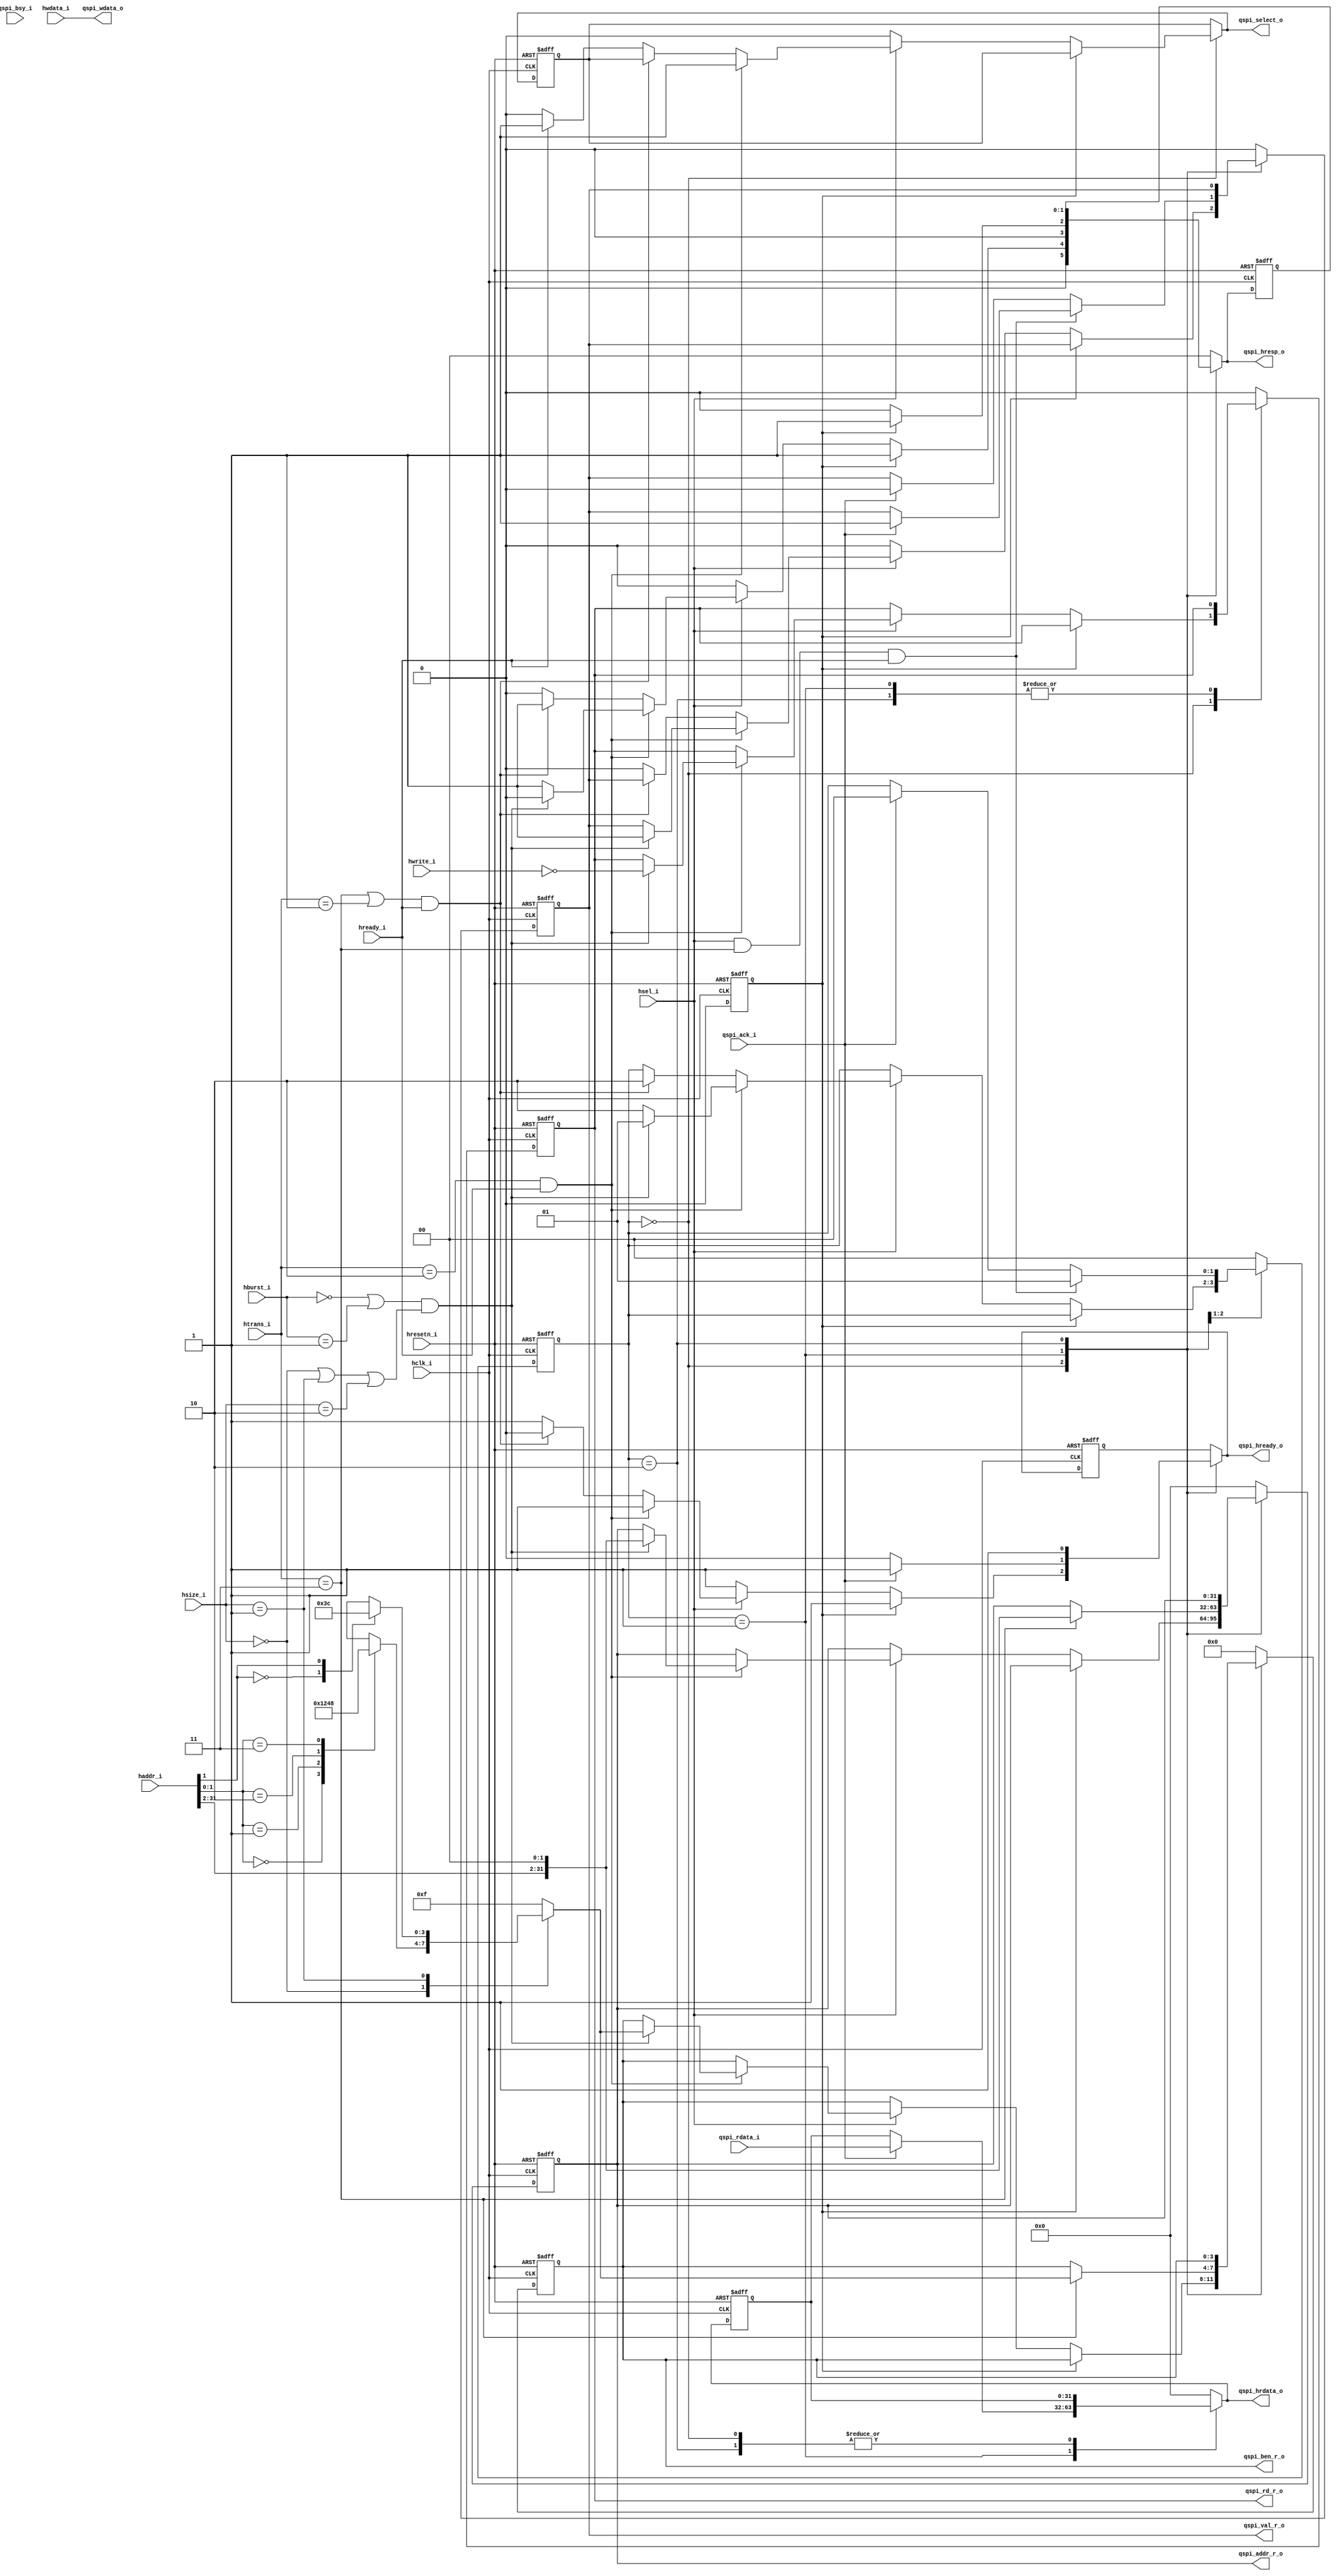
//---------------------------------------------------------------------
//                                          
//     ____     ____     _____    _____    __  __    _____     ____  
//    /\___\   /\___\   /\____\  |\_____\ |\_\|\_\  |\____\   /\___\ 
//   |\/ _ _\ |\/ _  \  \/ ____| ||  ___| ||  \/  | \|_   _| |\/ _ _\
//   || |     || /_\  | \| |__   || |_\   ||      |   || |   || |    
//   || |___  || |__| |  _\__ \  ||  _|_  || |\/| |  _|| |_  || |___ 
//   \| |___\ || | || | |\__\| | || |___\ || |  | | |\_| |_\ \| |___\
//    \\____/ \|_| \|_| \|____/  \|_____| \|_|  |_| \|_____|  \\____/
//
//  COPYRIGHT 2017, ALL RIGHTS RESERVED
//  
//  Filename:   qspi_ahb_slave_itf     
//  Author:          
//  Date:            
//
//  Project:         
//  Descriptions: AHB Interface block for Quad-SPI controller.
//---------------------------------------------------------------------

module qspi_ahb_slave_itf (

  // AHB interface
  hclk_i,
  hresetn_i,

  haddr_i,
  htrans_i,
  hwdata_i,
  hwrite_i,
  hsize_i,
  hburst_i,
  hsel_i,
  hready_i,

  qspi_hready_o,
  qspi_hresp_o,
  qspi_hrdata_o,

  qspi_select_o,

  // memory array Interface 
  qspi_val_r_o,
  qspi_addr_r_o,
  qspi_rd_r_o, 
  qspi_ben_r_o,
  qspi_wdata_o,
  qspi_rdata_i,
  qspi_ack_i,
  

  qspi_bsy_i

);

input         hclk_i;         // AHB Clock
input         hresetn_i;      // AHB Reset

input  [31:0] haddr_i;        // AHB 32 bit address
input  [1:0]  htrans_i;       // AHB transfer type
input  [31:0] hwdata_i;       // AHB 32 bit write data

input         hwrite_i;       // AHB Read/Write signal
input  [2:0]  hsize_i;        // AHB size of data transfer
   
input  [2:0]  hburst_i;       // AHB burst length

input         hsel_i;         // AHB slave select
input         hready_i;       // AHB slave ready from default slave, set 1'b1 if there is no default slave

output        qspi_hready_o;   // AHB HREADY asserted by this target, psm is for PSRAM
output [1:0]  qspi_hresp_o;    // AHB slave response
output [31:0] qspi_hrdata_o;   // AHB slave read data

output        qspi_select_o;   // Active HI signal when the PSRAM access is active

// CSR interface
output        qspi_val_r_o;
output [31:0] qspi_addr_r_o;
output        qspi_rd_r_o; 
output [3:0]  qspi_ben_r_o;
output [31:0] qspi_wdata_o;
input  [31:0] qspi_rdata_i;    // This name need to be changed depending on
                              // who is driving it
input         qspi_ack_i;      // This name needs to be changed depending on
                              // who is driving it

input         qspi_bsy_i;
//###START OF DECLARATIONS ########################################

//----------------------------
// Declarations for IOs

wire        hready_i;

reg         qspi_val_r_o;
reg  [31:0] qspi_addr_r_o;
reg         qspi_rd_r_o; 
reg  [3:0]  qspi_ben_r_o;
wire        qspi_select_o;

reg         qspi_val_c;
reg  [31:0] qspi_addr_c;
reg         qspi_rd_c; 
reg  [3:0]  qspi_ben_c;
reg         qspi_select_c;

wire        tx_wrcfrm_zero_full;
reg         tx_wrcfrm_zero_full_d;

//----------------------------

//----------------------------
// Generic defines

parameter LO = 1'b0;
parameter HI = 1'b1;

//----------------------------

//----------------------------
// Internal declarations

parameter IDLE  = 2'b00;
parameter BUSY  = 2'b01;
parameter NSEQ  = 2'b10;
parameter SEQ   = 2'b11;

parameter SINGLE = 3'b000;
parameter INCR   = 3'b001;
parameter WRAP4  = 3'b010;
parameter INCR4  = 3'b011;
parameter WRAP8  = 3'b100;
parameter INCR8  = 3'b101;
parameter WRAP16 = 3'b110;
parameter INCR16 = 3'b111;

parameter BYTE  = 3'b000;
parameter WORD  = 3'b001;
parameter DWORD = 3'b010;

parameter OKAY  = 2'b00;
parameter ERROR = 2'b01;
parameter RETRY = 2'b10;
parameter SPLIT = 2'b11;

parameter ICTRL_READY = 2'b00;
parameter ICTRL_DATA  = 2'b01;
parameter ICTRL_ERROR = 2'b10;

reg [1:0]  ictrl_state;         // Interface controller state
reg [1:0]  ictrl_state_c;

reg        hready_c;            // Shadow signal for I/O HREADY signal
reg [1:0]  hresp_c;             // Shadow signal for I/O HRESP signal
reg [31:0] hrdata_c;            // Shadow signal for I/O HRDATA signal

reg        hready_r;            // Shadow register for I/O HREADY signal
reg [1:0]  hresp_r;             // Shadow register for I/O HRESP signal
reg [31:0] hrdata_r;            // Shadow register for I/O HRDATA signal
reg        qspi_select_r;

//----------------------------

//###END OF DECLARATIONS ########################################

assign qspi_hready_o = hready_c;
assign qspi_hrdata_o = hrdata_c;
assign qspi_hresp_o  = hresp_c;
// Since hready, hrdata, hresp will be combinatorial, so must qspi_select
assign  qspi_select_o = qspi_select_c;

assign qspi_wdata_o = hwdata_i;

//assign tx_wrcfrm_zero_full = haddr_i[11:9] == 3'b000 && haddr_i[4:0] == 5'h1c  && vld_access; // can be used for illegal address
assign tx_wrcfrm_zero_full = 1'b0; 

always @ (posedge hclk_i or negedge hresetn_i) begin // STAR STS0167661
  if (~hresetn_i) begin
    hready_r     <= HI;
    hresp_r      <= 2'b00;
    hrdata_r     <= 32'h0000_0000;
    qspi_select_r <= LO;
    qspi_val_r_o  <= LO;
    qspi_rd_r_o   <= LO;
    qspi_addr_r_o <= 32'h0000_0000;
    qspi_ben_r_o  <= 4'b0000;
    ictrl_state  <= ICTRL_READY;
  end
  else begin
    hready_r     <= hready_c;
    hresp_r      <= hresp_c;
    hrdata_r     <= hrdata_c;
    qspi_select_r <= qspi_select_c;
    qspi_val_r_o  <= qspi_val_c;
    qspi_rd_r_o   <= qspi_rd_c;
    qspi_addr_r_o <= qspi_addr_c;
    qspi_ben_r_o  <= qspi_ben_c;
    ictrl_state  <= ictrl_state_c;
  end
end

//-----------------------------------------------
// State machine to generate Register access  --------
// and to generate HREADY signals.            --------
//-----------------------------------------------

always @ (ictrl_state or hsel_i or htrans_i or hready_i or hburst_i or
          hsize_i or hwrite_i or haddr_i or qspi_ack_i or qspi_rdata_i or
          qspi_val_r_o or qspi_rd_r_o or qspi_addr_r_o or qspi_ben_r_o or
          qspi_select_r or hrdata_r or hready_r or hresp_r or 
          tx_wrcfrm_zero_full or tx_wrcfrm_zero_full_d or qspi_bsy_i
) begin

  // Parallel case directive is used as all the case options are
  // mutally exclusive.
  case (ictrl_state) // synopsys parallel_case

    // ICTRL_READY : Ready state. Wait in this state to get a command from 
    //               the AHB master
    ICTRL_READY : begin

//  could get return_retry pulse on same cycle as first cycle of qspi_ack_i 
//  qspi_ack_i transitions state machine from DATA to IDLE  state

      if(tx_wrcfrm_zero_full_d) begin
        hready_c      = HI;
        hresp_c       = ERROR;
        ictrl_state_c = ictrl_state;
        qspi_addr_c    = qspi_addr_r_o;
        qspi_ben_c     = qspi_ben_r_o;
        qspi_rd_c      = qspi_rd_r_o;
        qspi_select_c  = qspi_select_r;
        qspi_val_c     = qspi_val_r_o;
        hrdata_c      = hrdata_r;
      end

      // Sample the Control signals only when HREADY is HI
      else if (hsel_i) begin

        // New transaction
        if ( (htrans_i == NSEQ ) & hready_i) begin

          hready_c     = HI;
          qspi_select_c = HI;

          // CSR access is always assumed to be single and a valid HSIZE
          //if ((hburst_i == SINGLE | hburst_i == INCR) & 
		  //(hsize_i == BYTE | hsize_i == WORD | hsize_i == DWORD) & (~qspi_bsy_i))   begin
		  if ((hburst_i == SINGLE | hburst_i == INCR) & 
		  (hsize_i == BYTE | hsize_i == WORD | hsize_i == DWORD) )   begin
            if (tx_wrcfrm_zero_full)
              hresp_c    = ERROR;
            else
              hresp_c    = OKAY;

            qspi_val_c  = HI;
	    
            qspi_rd_c   = ~hwrite_i;
            qspi_addr_c = {haddr_i [31:2], 2'b00};

            // Generation of VC byte enables from the AHB address and HSIZE

            // Parallel case directive is used as all the case options are 
            // mutally exclusive.
            case (hsize_i) // synopsys parallel_case

              BYTE : begin
                case (haddr_i [1:0])
                  2'b00 : qspi_ben_c [3:0] = 4'b0001;
                  2'b01 : qspi_ben_c [3:0] = 4'b0010;
                  2'b10 : qspi_ben_c [3:0] = 4'b0100;
                  2'b11 : qspi_ben_c [3:0] = 4'b1000;
                endcase
              end

              WORD : begin
                case (haddr_i [1])
                  1'b0 : qspi_ben_c [3:0] = 4'b0011;
                  1'b1 : qspi_ben_c [3:0] = 4'b1100;
                endcase
              end

              default : begin
                qspi_ben_c [3:0] = 4'b1111;
              end

            endcase

            ictrl_state_c = ICTRL_DATA;

          end
          // If this is a non-single transaction, assert an ERROR response 
          // on AHB
          else begin
            qspi_val_c = qspi_val_r_o;
            qspi_rd_c = qspi_rd_r_o;

            hresp_c       = ERROR;
            ictrl_state_c = ICTRL_ERROR;
            qspi_addr_c = qspi_addr_r_o;
            qspi_ben_c = qspi_ben_r_o;
          end

        end
        // Starting the transfer with a SEQ or BUSY or an INCR with more
        // than one data phase, this is illegal
        else if ((htrans_i == SEQ | htrans_i == BUSY) & hready_i) begin
          hready_c      = LO;
          hresp_c       = ERROR;
          ictrl_state_c = ICTRL_ERROR;

          qspi_val_c = qspi_val_r_o;
          qspi_rd_c = qspi_rd_r_o;
          qspi_select_c = qspi_select_r;
          qspi_addr_c = qspi_addr_r_o;
          qspi_ben_c = qspi_ben_r_o;
        end
        // Default Slave
        else begin
          if (hready_i)
            qspi_select_c = HI;
          else
            qspi_select_c = LO;

          hresp_c    = OKAY;
          hready_c   = HI;
          qspi_val_c  = LO;

          ictrl_state_c = ictrl_state;
          qspi_rd_c = qspi_rd_r_o;
          qspi_addr_c = qspi_addr_r_o;
          qspi_ben_c = qspi_ben_r_o;
        end

        hrdata_c = hrdata_r;

      end
      else begin // hsel_i = 1'b0
        hresp_c    = OKAY;
        qspi_val_c  = LO;
        hready_c   = HI;
        qspi_select_c = LO;

        hrdata_c = hrdata_r;
        ictrl_state_c = ictrl_state;
        qspi_rd_c = qspi_rd_r_o;
        qspi_addr_c = qspi_addr_r_o;
        qspi_ben_c = qspi_ben_r_o;
      end
    end

    // ICTRL_DATA : Data state. Wait in this state to get an ACK from the
    //              CSR to assert HREADY on AHB
   
	ICTRL_DATA : begin

      if( tx_wrcfrm_zero_full || (!qspi_ack_i)) // The "|| (!qspi_ack_i)" part was added by WangLei
        hready_c  = LO; 
      else 
        hready_c  = HI; 
      
	  if (hsel_i & (htrans_i == SEQ) & hready_i) begin
		if (qspi_ack_i) begin
           hrdata_c  = qspi_rdata_i;
           qspi_val_c = HI;
        end
		else begin
		   hrdata_c = hrdata_r;
           qspi_val_c = qspi_val_r_o;
		end
		ictrl_state_c = ICTRL_DATA;
	  end
      else begin
		if (qspi_ack_i) begin
           hrdata_c  = qspi_rdata_i;
           qspi_val_c = LO;
           ictrl_state_c = ICTRL_READY;
        end
		else begin 
           hrdata_c = hrdata_r;
           qspi_val_c = qspi_val_r_o;
           ictrl_state_c = ictrl_state;
		end
      end
     
      if (tx_wrcfrm_zero_full_d || tx_wrcfrm_zero_full) 
        hresp_c = ERROR;
      else
        hresp_c = OKAY;
	
	if (htrans_i == SEQ )
	  begin 
		qspi_addr_c = {haddr_i [31:2], 2'b00};
		case (hsize_i) // synopsys parallel_case

              BYTE : begin
                case (haddr_i [1:0])
                  2'b00 : qspi_ben_c [3:0] = 4'b0001;
                  2'b01 : qspi_ben_c [3:0] = 4'b0010;
                  2'b10 : qspi_ben_c [3:0] = 4'b0100;
                  2'b11 : qspi_ben_c [3:0] = 4'b1000;
                endcase
              end

              WORD : begin
                case (haddr_i [1])
                  1'b0 : qspi_ben_c [3:0] = 4'b0011;
                  1'b1 : qspi_ben_c [3:0] = 4'b1100;
                endcase
              end

              default : begin
                qspi_ben_c [3:0] = 4'b1111;
              end

        endcase
	  end
	else
	  begin
		qspi_addr_c = qspi_addr_r_o;
		 qspi_ben_c = qspi_ben_r_o;
	  end
	  
      qspi_rd_c = qspi_rd_r_o;
      qspi_select_c = qspi_select_r;

    end
    // ICTRL_ERROR : Error state. If the AHB master does any non-single
    //               access to the CSR, the UDC-AHB subsystem does and ERROR
    //               response on AHB
    ICTRL_ERROR : begin
      hready_c      = HI;
      ictrl_state_c = ICTRL_READY; 

      hrdata_c = hrdata_r;
      qspi_val_c = qspi_val_r_o;
      hresp_c = hresp_r;
      qspi_rd_c = qspi_rd_r_o;
      qspi_select_c = qspi_select_r;
      qspi_addr_c = qspi_addr_r_o;
      qspi_ben_c = qspi_ben_r_o;
    end

    default : begin
      hready_c   = hready_r;
      qspi_select_c = qspi_select_r;

      hresp_c    = OKAY;
      hrdata_c   = 32'h0000_0000;
      qspi_val_c  = LO;
      qspi_rd_c   = LO;
      qspi_addr_c = 32'h0000_0000;
      qspi_ben_c  = 4'b0000;
      ictrl_state_c  = ICTRL_READY;
    end

  endcase

end

   always @ (posedge hclk_i or negedge hresetn_i) begin // STAR STS0167661

  if (~hresetn_i) begin

    tx_wrcfrm_zero_full_d <= 0;
  end else begin
 
    tx_wrcfrm_zero_full_d <= tx_wrcfrm_zero_full;
  end
end      

endmodule